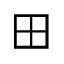
\boxplus